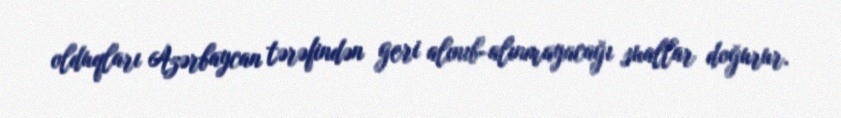
olduqları Azərbaycan tərəfindən geri alınıb-alınmayacağı suallar doğurur.